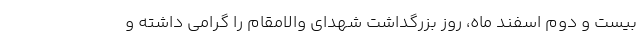
بیست و دوم اسفند ماه، روز بزرگداشت شهدای والامقام را گرامی داشته و